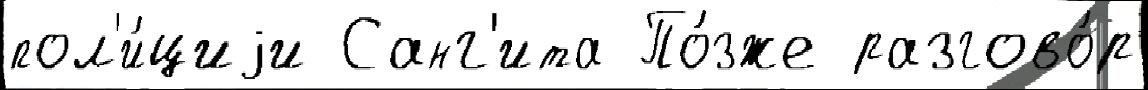
пол'и́циjи Санг'ита По́зже разгово́р